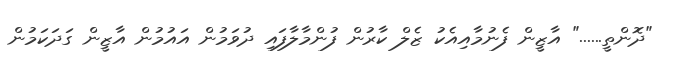
"ދޮންތީ......" އާޒީން ފެނުމާއިއެކު ޒެލް ކާރުން ފުންމާލާފައި ދުވަމުން އައުމުން އާޒީން ގަދަކަމުން